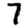
Digit: 7